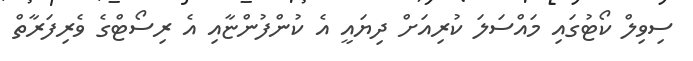
ސިވިލް ކޯޓުގައި މައްސަލަ ކުރިއަށް ދިޔައީ އެ ކުންފުންޏާއި އެ ރިސޯޓްގެ ވެރިފަރާތް